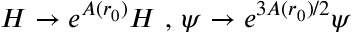
H \rightarrow e ^ { A ( r _ { 0 } ) } H \mathrm { ~ , ~ } \psi \rightarrow e ^ { 3 A ( r _ { 0 } ) / 2 } \psi